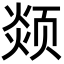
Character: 𩖖